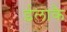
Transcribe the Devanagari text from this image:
ईलाकै